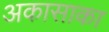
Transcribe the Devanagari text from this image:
अकासाका